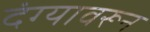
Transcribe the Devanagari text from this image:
दंग्यावरून